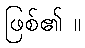
ဖြစ်၏ ။